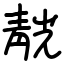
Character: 靗